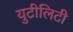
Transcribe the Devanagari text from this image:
युटीलिटी